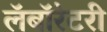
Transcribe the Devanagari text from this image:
लॅबॉरेटरी